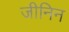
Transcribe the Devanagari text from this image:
जीनिन